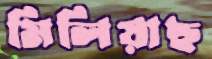
মিলিয়াছ